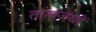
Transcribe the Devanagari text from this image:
तालजंघों